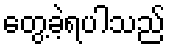
တွေ့ခဲ့ရပါသည်